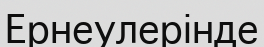
Ернеулерінде